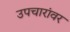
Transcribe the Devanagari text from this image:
उपचारांवर